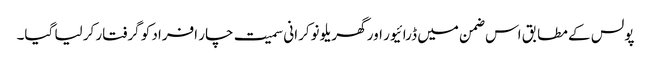
پولس کے مطابق اس ضمن میں ڈرائیور اور گھریلو نوکرانی سمیت چار افراد کو گرفتار کر لیا گیا۔